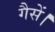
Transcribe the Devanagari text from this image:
गैसें।